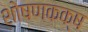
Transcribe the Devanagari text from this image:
शोषणकक्ष